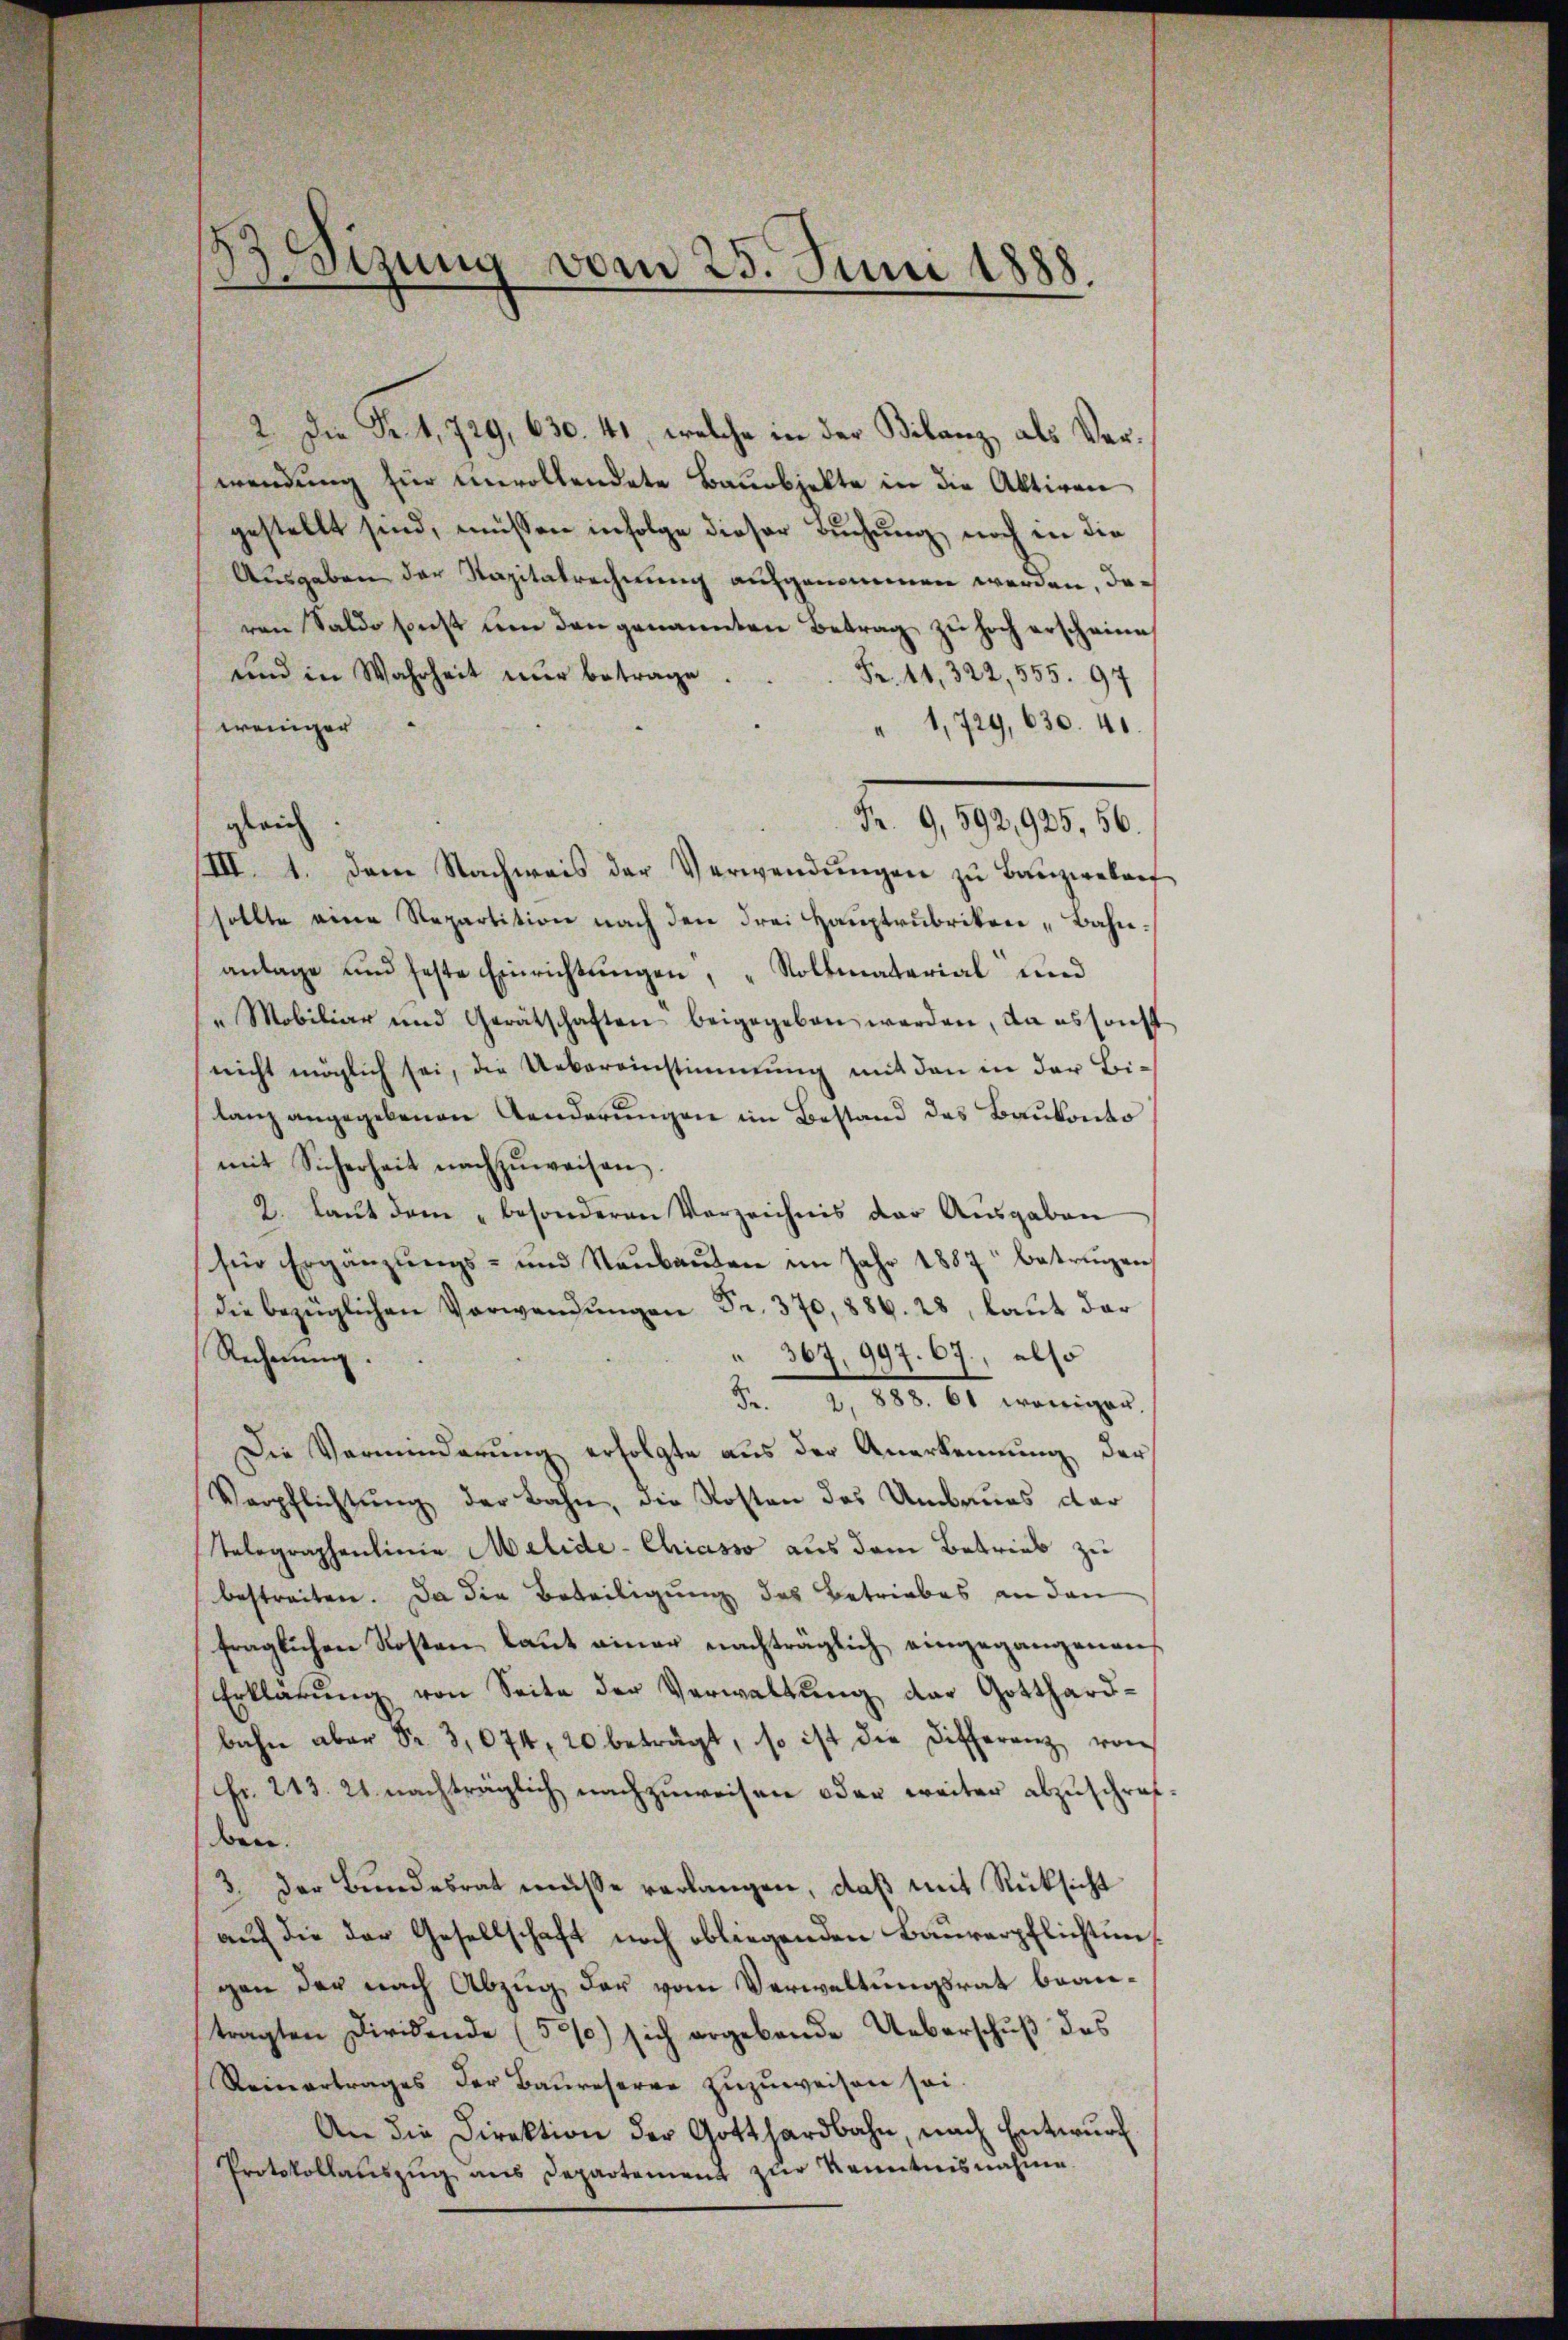
d
s
dirung vom 25. Juni 1888

2. Die Fr. 4, 729, 630. 41, welche in der Bilanz, als Verwendung für unvollendete Bauobjekte in die Aktiven
gestellt sind, müssen infolge dieser Buchung, noch in die
Ausgaben der Kapitalrechnung aufgenommen werden, daren Saldo sonst um den genannten Betrag zu hoch erscheine
und in Wahrheit nŭr betrage.
Fr. 11, 322, 555. 97
1,729, 630. 41
weniger
d. 9.10.191. 18.
III. 1. dem Nachweis der Verwendŭngen zu Bauzwelan
sollte eine Repartition nach den drei Hauptrubriken „Bahnanlage und feste Einrichtungen, Rollmaterial und
" Mobiliar und Gerätschaften beigegeben werden, da es sonst
nicht möglich sei, die Uebereinstimmung mit den in der Bilanz angegebenen Aenderungen im Bestand des Baukonto
mit Sicherheit nachzŭweisen.
2. laut dem „besonderen Verzeichnis der Ausgaben
für Ergänzŭngs- und Neŭbaŭten im Jahr 1887 betringen
die bezüglichen Verwendungen Fr. 370, 886. 28, laut dar
 367, 997. 67., also
Rechnung.
Fr. 2. 1888. 61 weniger.
Die Verminderung erfolgte aus der Anerkennung der
Verpflichtung der Bahn, die Kosten des Umbaues dar
Telegraphenlinie Malide-Chiasso aus dem Betrieb zu
bestreiten. Da die Beteiligung des Betriebes an den
fraglichen Kosten laut einer nachträglich eingegangenen
Erklärŭng von Seite der Verwaltŭng der Gotthard-
bahn aber Sr. 3,074. 20 beträgt, so ist die Differenz von
Fr. 213. 21 nachträglich nachzuweisen oder weiter abzuschrif-
ben.
3. der Bundesrat müsse verlangen, daß mit Rücksicht
auf die der Gesellschaft noch obliegenden Bauverpflichtun
gen der nach Abzug der vom Verwaltungsrat beartragten Diridende (50/0) sich ergebende Ueberschuß des
Reinertrages der Baureserve zuzuweisen sei.
An die Direktion der Gotthardbahn, nach Entwurf
Protokollaŭszŭg ans Departement zur Kenntnisnahme

gleich